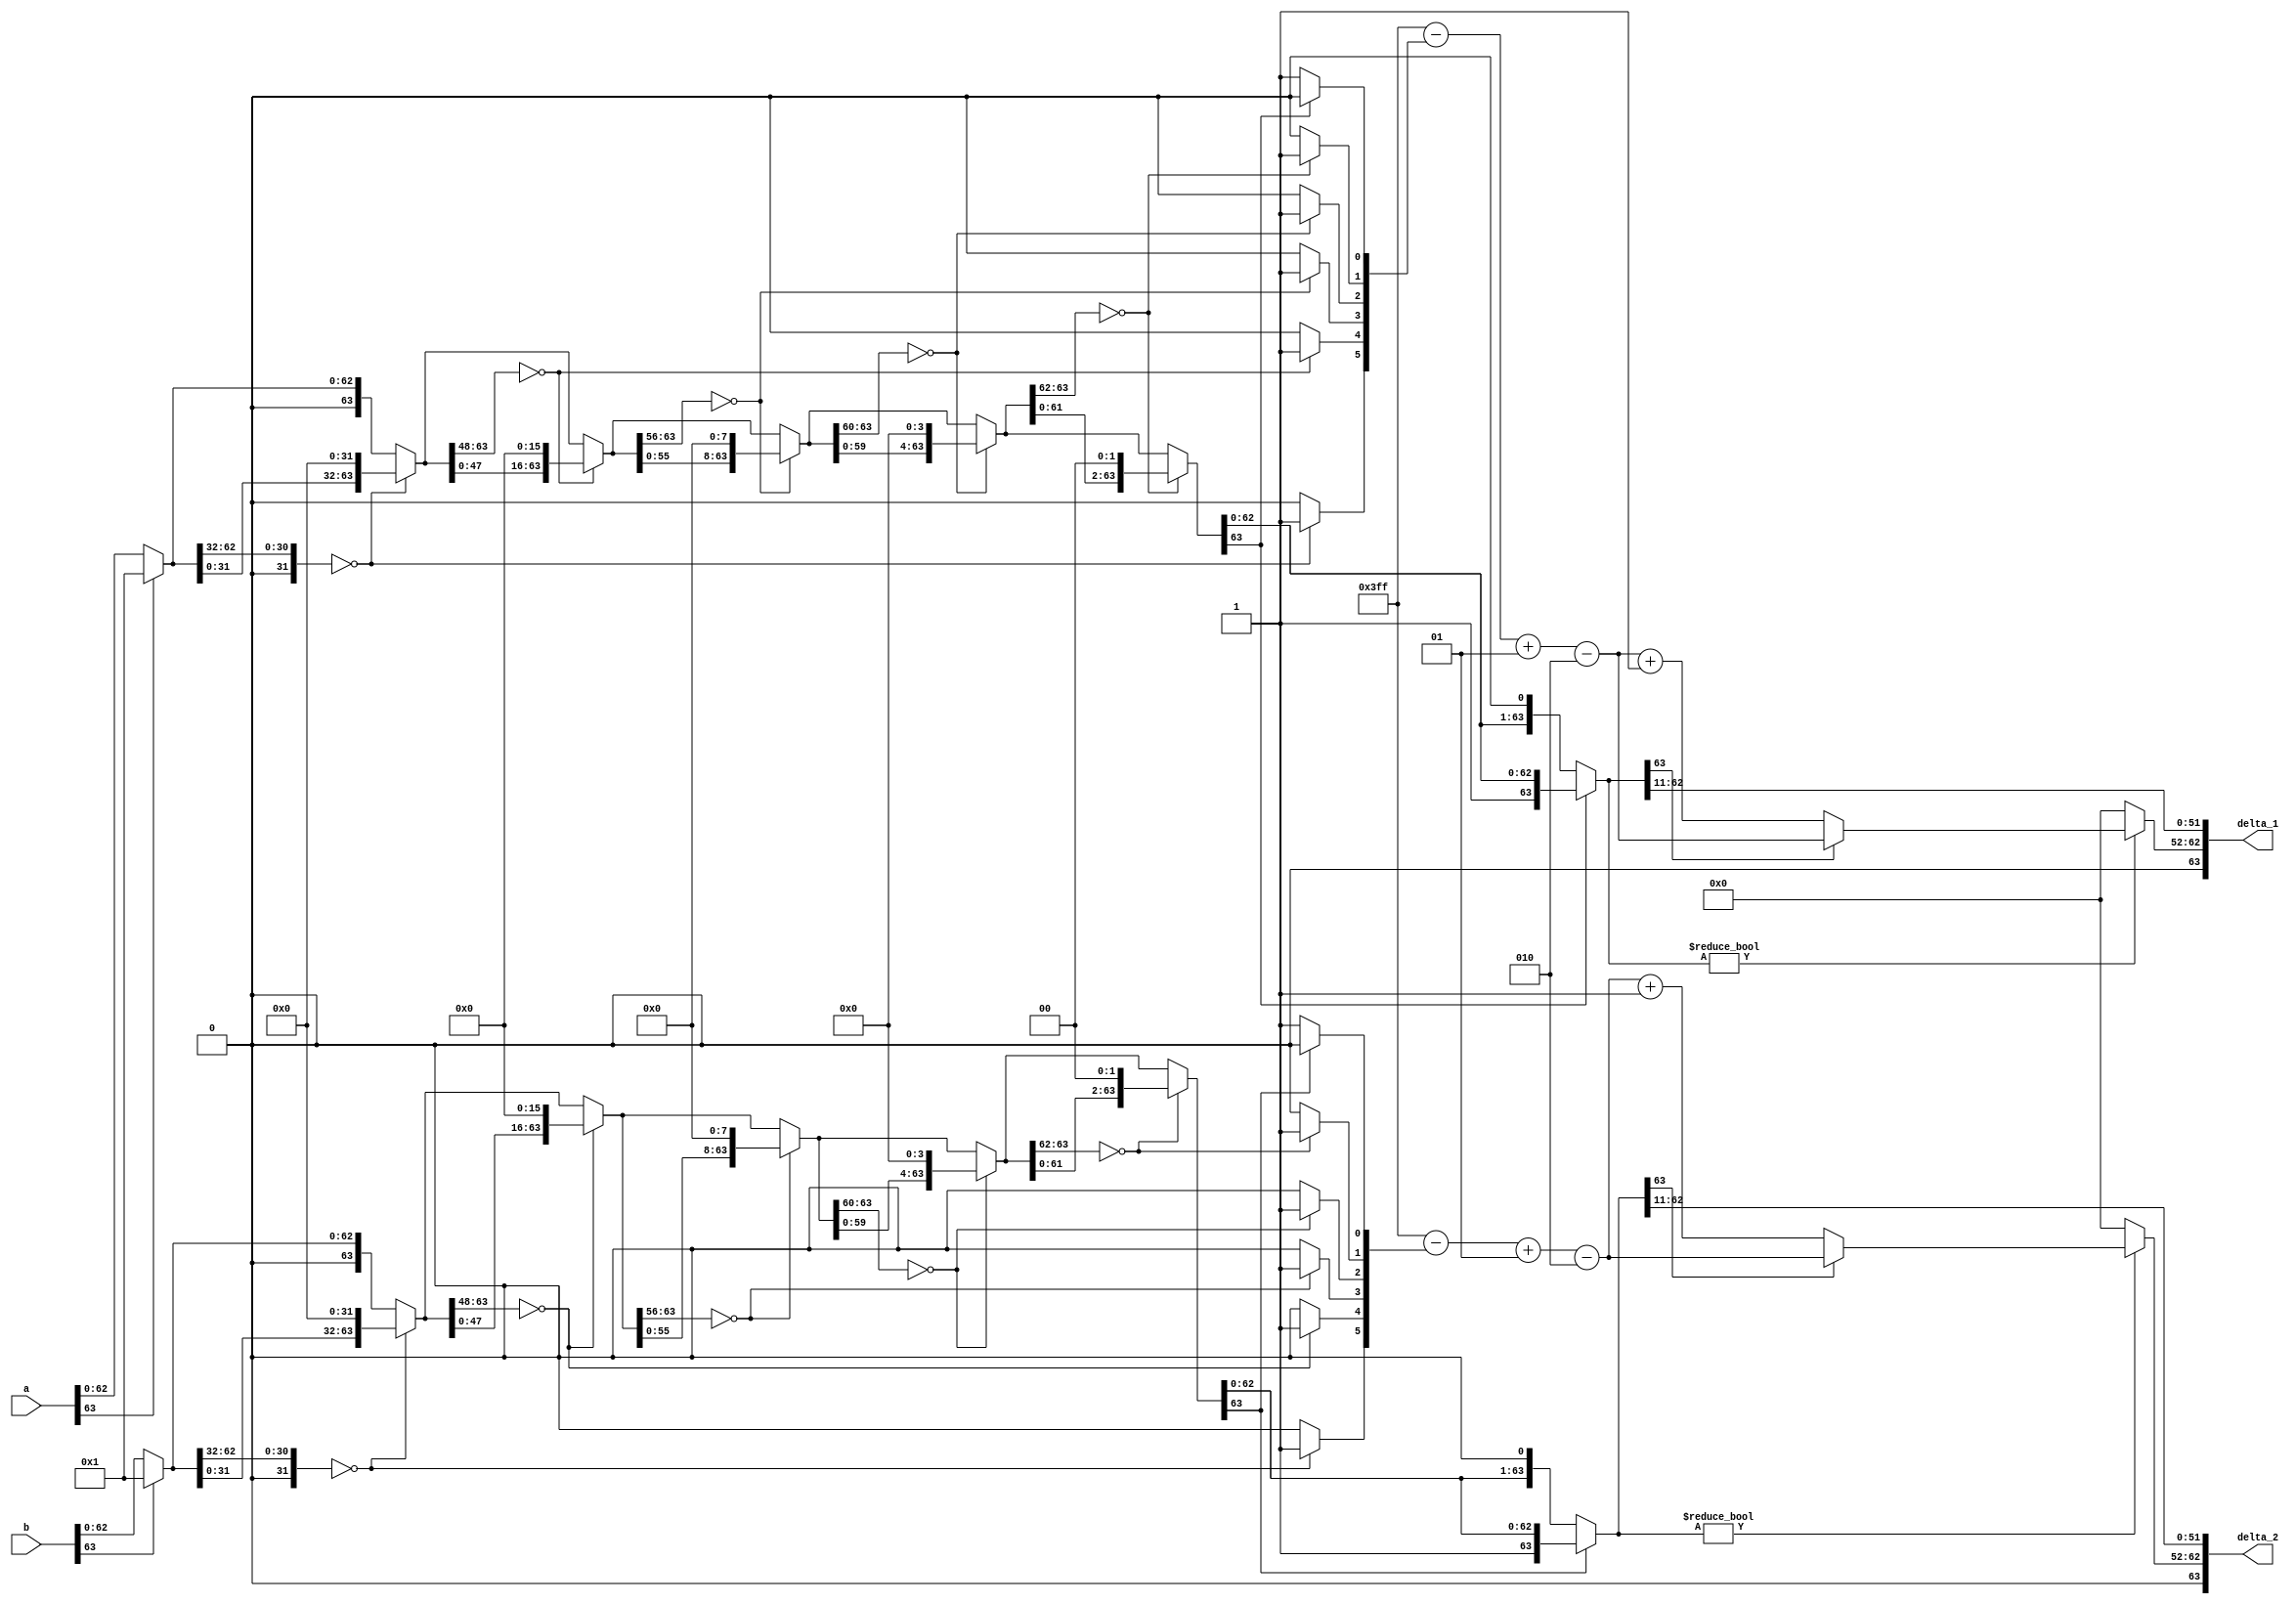
 

module normalization(input [63:0]a,
			input [63:0]b,

			output [63:0] delta_1,
			output [63:0] delta_2);
parameter fbw=63;
reg [10:0] U1_expR,U2_expR;	
integer U1_renorm,U2_renorm;
reg [63:0] U1_resout,U2_resout;
reg [fbw:0] fractR;
reg [fbw:0] U1_fractR,U2_fractR;
integer constant = 1023;
assign delta_1 = U1_resout;

assign delta_2 = U2_resout;


always @(*)
begin 
	U1_fractR = a;
	U2_fractR = b;
  // U1_expR = 9;
  // U2_expR = 9;
    U1_renorm=0; 
    if(U1_fractR[fbw]) begin
      U1_fractR={U1_fractR[fbw]};
      U1_expR=U1_expR+1;
    end
    if(U1_fractR[63:32]==0) begin 
	U1_renorm[5]=1; U1_fractR={U1_fractR[31:0],32'b0 }; 
    end
    if(U1_fractR[63:48]==0) begin 
	U1_renorm[4]=1; U1_fractR={U1_fractR[47:0],16'b0 }; 
    end
    if(U1_fractR[63:56]==0) begin 
	U1_renorm[3]=1; U1_fractR={U1_fractR[55:0], 8'b0 }; 
    end
    if(U1_fractR[63:60]==0) begin 
	U1_renorm[2]=1; U1_fractR={ U1_fractR[59:0], 4'b0 }; 
    end
    if(U1_fractR[63:62]==0) begin 
	U1_renorm[1]=1; U1_fractR={U1_fractR[61:0], 2'b0 }; 
    end
    if(U1_fractR[63]==0) begin 
	U1_renorm[0]=1; U1_fractR={ U1_fractR[62:0], 1'b0 }; 
    end
       if(U1_fractR != 0) begin
       	U1_expR =  1023 - U1_renorm + 1 -2 ;
     	 if(U1_fractR[fbw]==0) begin
           U1_expR=U1_expR+1;
       	   U1_fractR={U1_fractR[fbw:0]};
      	  end
        end 
       else 
       begin
     	 U1_expR=0;
       end
 
    	U1_resout={1'b0,U1_expR,U1_fractR[fbw-1:fbw-52]};


	U2_renorm=0;   
    if(U2_fractR[fbw]) begin
      U2_fractR={U2_fractR[fbw]};
      U2_expR=U2_expR+1;
    end

    if(U2_fractR[fbw:fbw-31]==0) begin 
	U2_renorm[5]=1; U2_fractR={U2_fractR[fbw-32:0],32'b0 }; 
    end
    if(U2_fractR[fbw:fbw-15]==0) begin 
	U2_renorm[4]=1; U2_fractR={ U2_fractR[fbw-16:0],16'b0 }; 
    end
    if(U2_fractR[fbw:fbw-7]==0) begin 
	U2_renorm[3]=1; U2_fractR={ U2_fractR[fbw-8:0], 8'b0 }; 
    end
    if(U2_fractR[fbw:fbw-3]==0) begin 
	U2_renorm[2]=1; U2_fractR={ U2_fractR[fbw-4:0], 4'b0 }; 
    end
    if(U2_fractR[fbw:fbw-1]==0) begin 
	U2_renorm[1]=1; U2_fractR={ U2_fractR[fbw-2:0], 2'b0 }; 
    end
    if(U2_fractR[fbw]==0) begin 
	U2_renorm[0]=1; U2_fractR={ U2_fractR[fbw-1:0], 1'b0 }; 
    end
   if(U2_fractR != 0) begin
       	U2_expR =  1023 - U2_renorm + 1 - 2;
   	 if(U2_fractR[fbw]==0) begin
           U2_expR=U2_expR+1;
       	   U2_fractR={U2_fractR[fbw:0]};
      	  end
        end 
       else 
       begin
     	 U2_expR=0;
       end


	U2_resout={1'b0,U2_expR,U2_fractR[fbw-1:fbw-52]};
	

end 

















endmodule